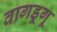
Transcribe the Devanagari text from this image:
वागडूगू